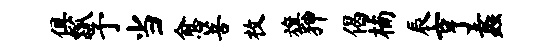
俱瓢予当愈菩枚旗狎偈楠辰亨蠡